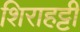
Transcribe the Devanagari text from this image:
शिराहट्टी